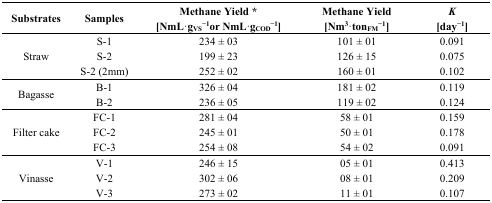
<table><thead><tr><td><b>Substrates</b></td><td><b>Samples</b></td><td><b>Methane Yield * [NmL·g<sub>VS</sub><sup>−1</sup>or NmL·g<sub>COD</sub><sup>−1</sup>]</b></td><td><b>Methane Yield [Nm<sup>3</sup>·ton<sub>FM</sub><sup>−1</sup>]</b></td><td><b><i>K</i> [day<sup>−1</sup>]</b></td></tr></thead><tbody><tr><td rowspan="3">Straw</td><td>S-1</td><td>234 ± 03</td><td>101 ± 01</td><td>0.091</td></tr><tr><td>S-2</td><td>199 ± 23</td><td>126 ± 15</td><td>0.075</td></tr><tr><td>S-2 (2mm)</td><td>252 ± 02</td><td>160 ± 01</td><td>0.102</td></tr><tr><td rowspan="2">Bagasse</td><td>B-1</td><td>326 ± 04</td><td>181 ± 02</td><td>0.119</td></tr><tr><td>B-2</td><td>236 ± 05</td><td>119 ± 02</td><td>0.124</td></tr><tr><td rowspan="3">Filter cake</td><td>FC-1</td><td>281 ± 04</td><td>58 ± 01</td><td>0.159</td></tr><tr><td>FC-2</td><td>245 ± 01</td><td>50 ± 01</td><td>0.178</td></tr><tr><td>FC-3</td><td>254 ± 08</td><td>54 ± 02</td><td>0.091</td></tr><tr><td rowspan="3">Vinasse</td><td>V-1</td><td>246 ± 15</td><td>05 ± 01</td><td>0.413</td></tr><tr><td>V-2</td><td>302 ± 06</td><td>08 ± 01</td><td>0.209</td></tr><tr><td>V-3</td><td>273 ± 02</td><td>11 ± 01</td><td>0.107</td></tr></tbody></table>